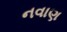
નવાણ